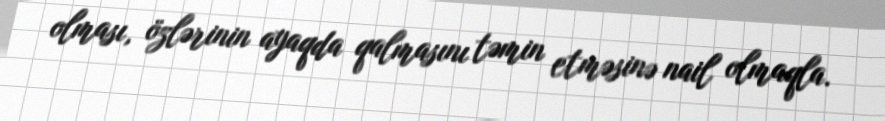
olması, özlərinin ayaqda qalmasını təmin etməsinə nail olmaqla.